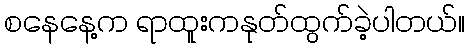
စနေနေ့က ရာထူးကနုတ်ထွက်ခဲ့ပါတယ်။